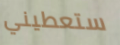
ستعطيني